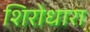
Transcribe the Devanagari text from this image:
शिरोधारा